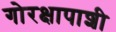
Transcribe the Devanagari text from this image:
गोरक्षापाशी